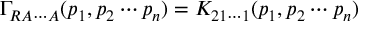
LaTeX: \Gamma _ { R A \cdots A } ( p _ { 1 } , p _ { 2 } \cdots p _ { n } ) = K _ { 2 1 \cdots 1 } ( p _ { 1 } , p _ { 2 } \cdots p _ { n } )